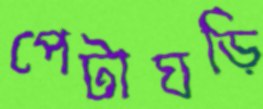
পেটাঘড়ি